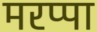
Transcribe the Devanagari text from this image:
मरप्पा